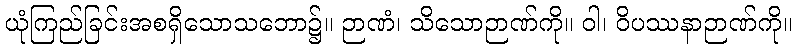
ယုံကြည်ခြင်းအစရှိသောသဘော၌။ ဉာဏံ၊ သိသောဉာဏ်ကို။ ဝါ၊ ဝိပဿနာဉာဏ်ကို။